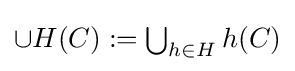
{\textstyle \cup H(C):=\bigcup _{h\in H}h(C)}